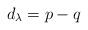
LaTeX: \begin{align*}d_\lambda=p-q\end{align*}